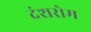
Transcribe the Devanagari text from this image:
दंशरोम